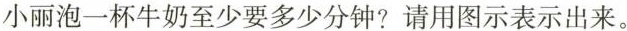
小丽泡一杯牛奶至少要多少分钟？请用图示表示出来。